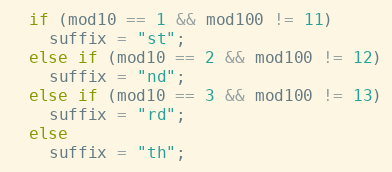
Language: C++
  if (mod10 == 1 && mod100 != 11)
    suffix = "st";
  else if (mod10 == 2 && mod100 != 12)
    suffix = "nd";
  else if (mod10 == 3 && mod100 != 13)
    suffix = "rd";
  else
    suffix = "th";